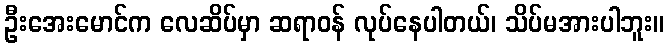
ဦးအေးမောင်က လေဆိပ်မှာ ဆရာဝန် လုပ်နေပါတယ်၊ သိပ်မအားပါဘူး။